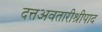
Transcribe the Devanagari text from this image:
दत्तअवतारीश्रीपाद